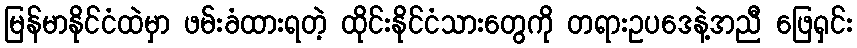
မြန်မာနိုင်ငံထဲမှာ ဖမ်းခံထားရတဲ့ ထိုင်းနိုင်ငံသားတွေကို တရားဥပဒေနဲ့အညီ ဖြေရှင်း